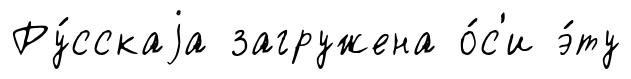
Ру́сскаjа загружена о́с'и э́ту